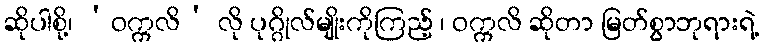
ဆိုပါစို့၊ ‘ဝက္ကလိ’ လို ပုဂ္ဂိုလ်မျိုးကိုကြည့် ၊ ဝက္ကလိ ဆိုတာ မြတ်စွာဘုရားရဲ့